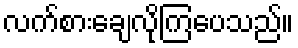
လက်စားချေလိုကြပေသည်။